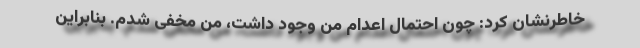
خاطرنشان کرد: چون احتمال اعدام من وجود داشت، من مخفی شدم. بنابراین